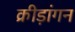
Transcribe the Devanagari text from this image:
क्रीड़ांगन